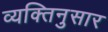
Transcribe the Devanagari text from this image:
व्यक्तिनुसार